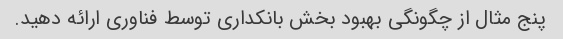
پنج مثال از چگونگی بهبود بخش بانکداری توسط فناوری ارائه دهید.